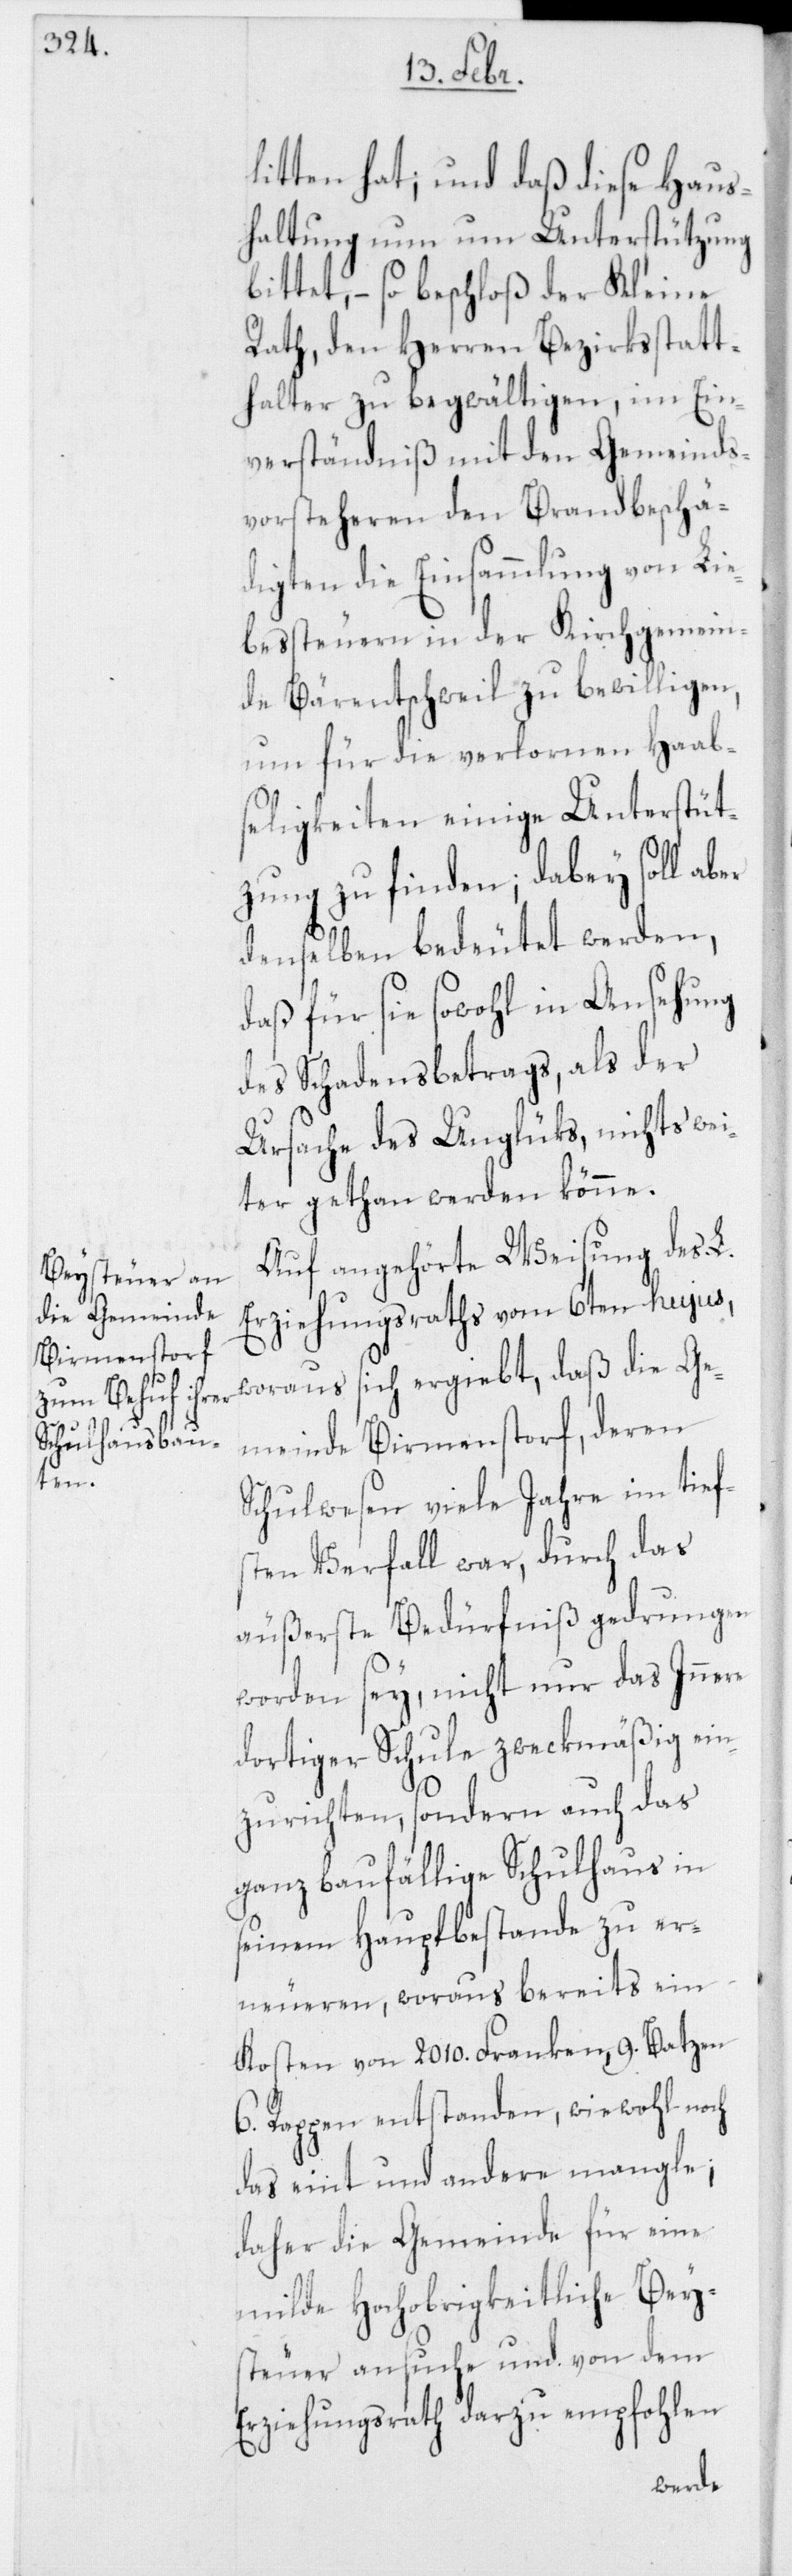
litten hat; und daß diese Haus¬
haltung nun um Unterstützung
bittet, – so beschloß der Kleine
Rath, den Herren Bezirksstatt¬
halter zu begwältigen, im Ein¬
verständniß mit den Gemeinds¬
vorsteheren den Brandbeschä¬
digten die Einsammlung von Lie¬
bessteuern in der Kirchgemein¬
de Bärentschweil zu bewilligen,
um für die verlornen Haab¬
seligkeiten einige Unterstüt¬
zung zu finden; dabey soll aber
denselben bedeutet werden,
daß für sie sowohl in Ansehung
des Schadensbetrags, als der
Ursache des Unglüks, nichts wei¬
ter gethan werden könne.
Auf angehörte Weisung des L.
Erziehungsraths vom 6ten hujus,
woraus sich ergiebt, daß die Ge¬
meinde Birmenstorf, deren
Schulwesen viele Jahre im tief¬
sten Verfall war, durch das
äußerste Bedürfniß gedrungen
worden sey, nicht nur das Innere
dortiger Schule zweckmäßig ein¬
zurichten, sondern auch das
ganz baufällige Schulhaus in
seinem Hauptbestande zu er¬
neueren, woraus bereits ein
Kosten von 2010. Franken, 9. Batzen
6. Rappen entstanden, wiewohl noch
das eint und andere mangle;
daher die Gemeinde für eine
milde Hochobrigkeitliche Bey¬
steuer ansuche und von dem
Erziehungsrath darzu empfohlen